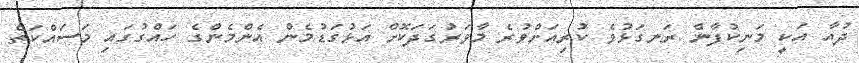
ދުއާ އަކީ މަނިކުފާން ރަނގަޅުވެ ކުރިއަށްވުރެ މާވަރުގަދަކޮށް އަޅުގަޑުމެން އެންމެންގެ ހައްގުގައި މަސައްކަތް